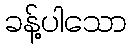
ခန့်ပါသော